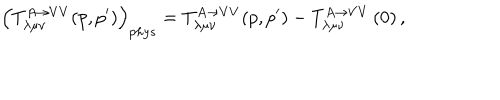
LaTeX: \left( T _ { \lambda \mu \nu } ^ { A \rightarrow V V } ( p , p ^ { \prime } ) \right) _ { p h y s } = T _ { \lambda \mu \nu } ^ { A \rightarrow V V } ( p , p ^ { \prime } ) - T _ { \lambda \mu \nu } ^ { A \rightarrow V V } \left( 0 \right) ,